Indian Civil Veterinary Department memoirs
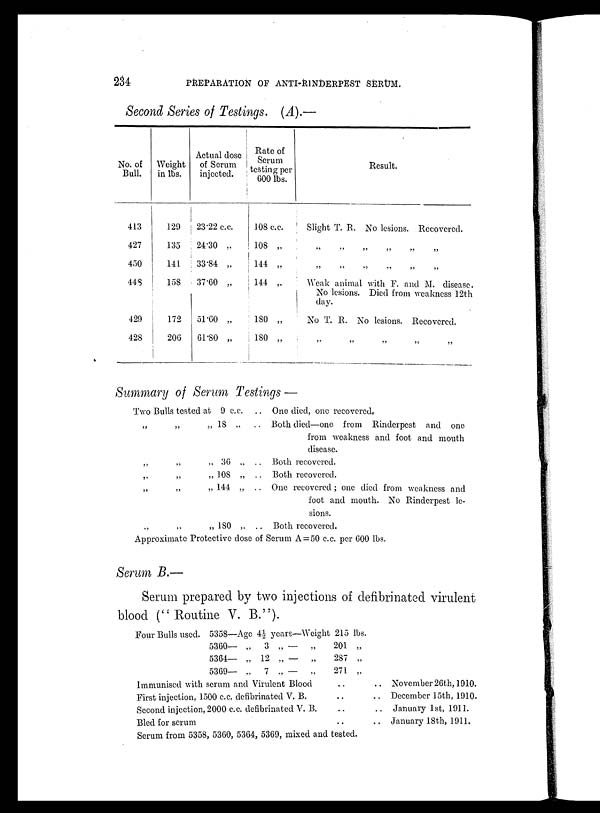
234
PREPARATION OF ANTI-RINDERPEST SERUM.
Second Series of Testings. (A).—
No. of
Bull.
413
427
450
448
429
428
Weight
in lbs.
129
135
141
158
172
206
Actual dose
of Serum
injected.
23.22 c.c.
24.30 „
33.84 „
37.60 „
51.60 „
61.80 „
Rate of
Serum
testing per
600 lbs.
108 c.c.
108 „
144 „
144 „
180 „
180 „
Result.
Slight T. R. No lesions. Recovered.
„
„
„
„
„
„
„ „ „ „ „ „
Weak animal with F. and M. disease.
No lesions. Died from weakness 12th
day.
No T. R. No lesions. Recovered.
„ „ „ „ „
Summary of Serum Testings —
Two Bulls tested at 9 c.c. ..
„ 18 „
..
„ 36 „ ..
„ 108 „ ..
„ 144 „ ..
„ 180 „ ..
One died, one recovered.
Both died—one from Rinderpest and one
from weakness and foot and mouth
disease.
Both recovered.
Both recovered.
One recovered ; one died from weakness and
foot and mouth. No Rinderpest le-
sions.
Both recovered.
Approximate Protective dose of Serum A = 50 c.c. per 600 lbs.
Serum B.—
Serum prepared by two injections of defibrinated virulent
blood (" Routine V. B.").
Four Bulls used. 5358—Age 4½ years—Weight
5360— „ 3 „ —
„
5364— „ 12 „ —
„
5369— „ 7 „ —
„
Immunised with scrum and Virulent Blood
First injection, 1500 c.c. defibrinated V. B.
Second injection, 2000 c.c. defibrinated V. B.
Bled for serum
215 lbs
201 „
287 „
271 „
..
..
..
..
Serum from 5358, 5360, 5364, 5369, mixed and tested.
.
.. November 26th, 1910.
.. December 15th, 1910.
.. January 1st, 1911.
.. January 18th, 1911.